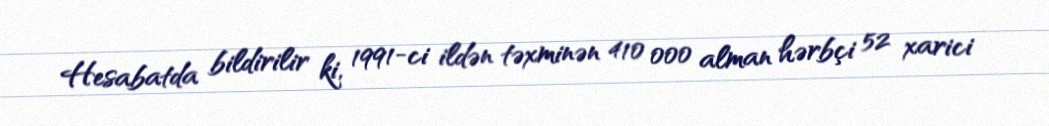
Hesabatda bildirilir ki, 1991-ci ildən təxminən 410 000 alman hərbçi 52 xarici